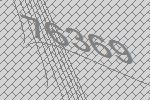
76369